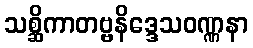
သစ္ဆိကာတဗ္ဗနိဒ္ဒေသဝဏ္ဏနာ